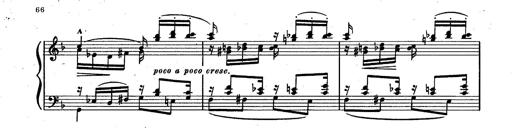
Title: RÃ©miniscences des Huguenots
Composer: Franz Liszt